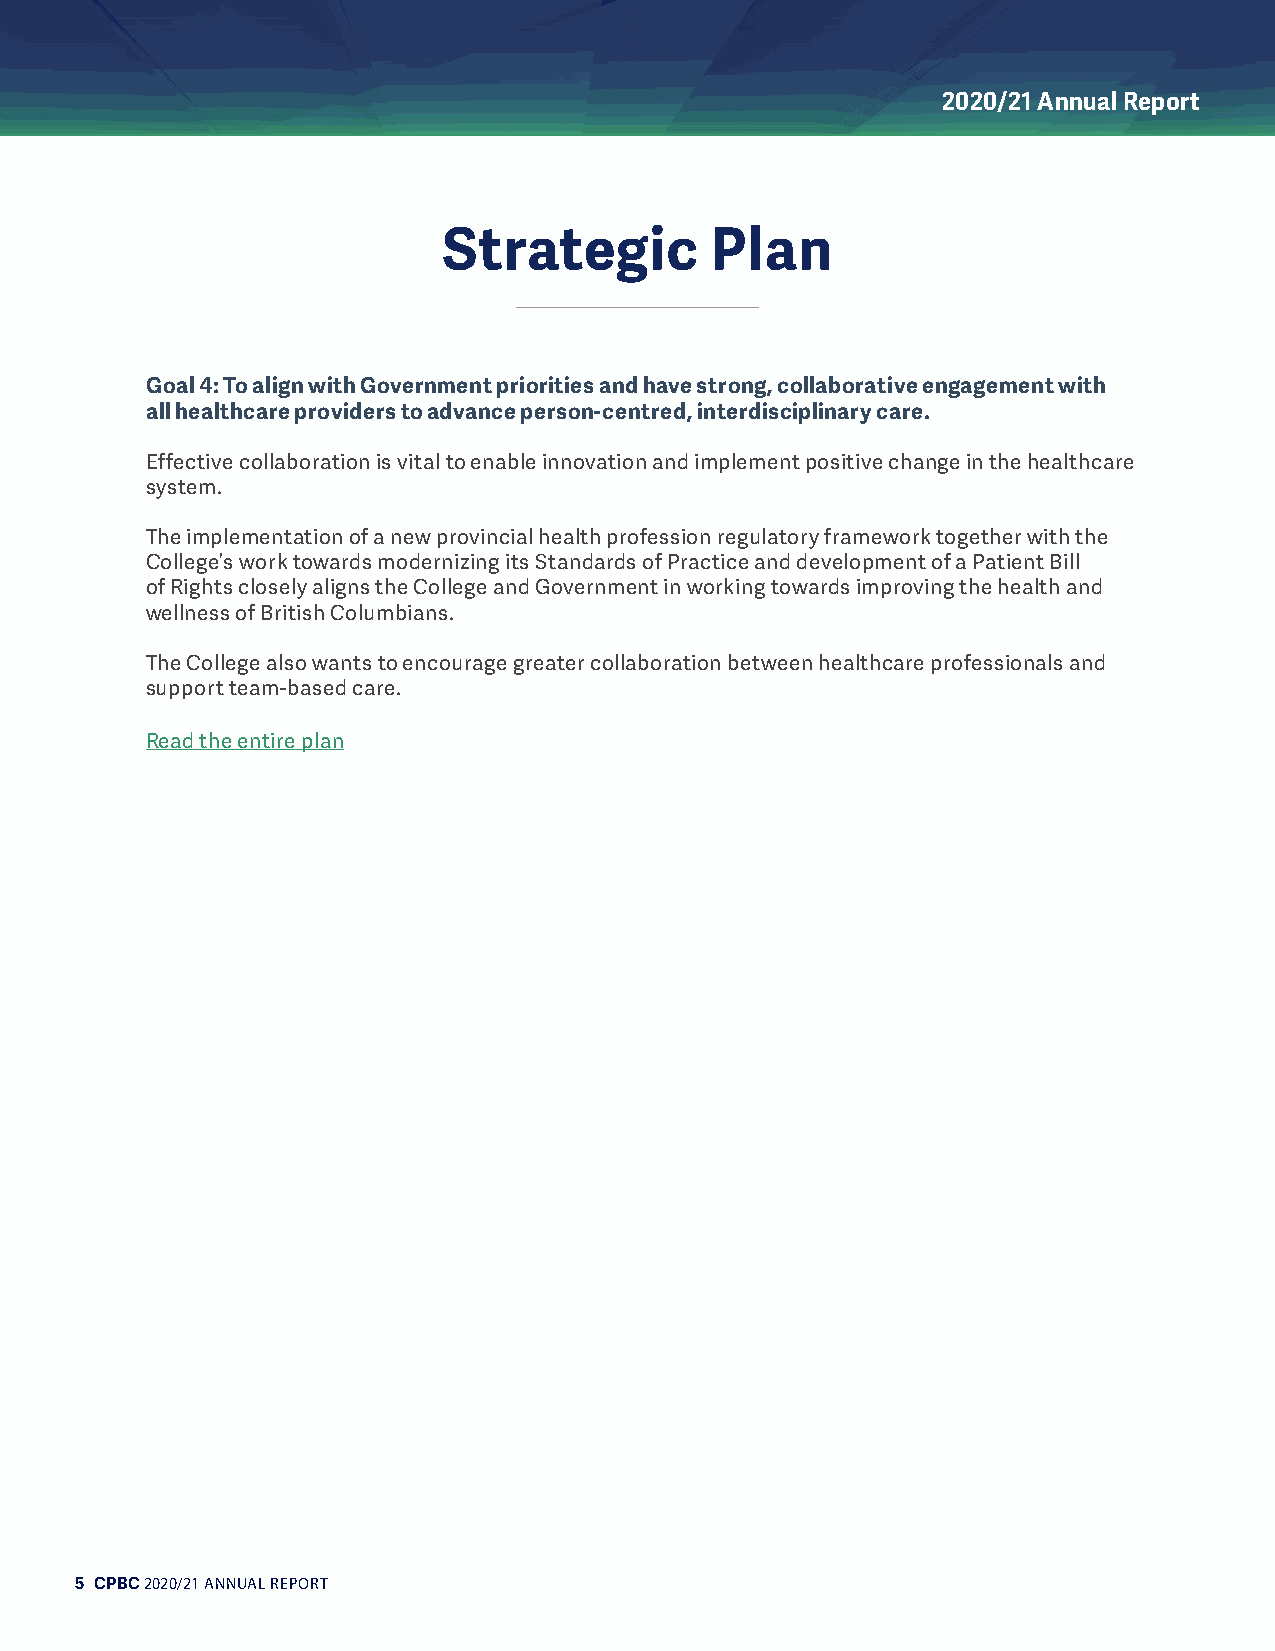
2020/21 Annual Report
 Strategic         Plan
 Goal 4: To align with Government priorities and have strong, collaborative engagement with
 all healthcare providers to advance person-centred, interdisciplinary care.
 Effective collaboration is vital to enable innovation and implement positive change in the healthcare
 system.
 The implementation of a new provincial health profession regulatory framework together with the
 College’s work towards modernizing its Standards of Practice and development of a Patient Bill
 of Rights closely aligns the College and Government in working towards improving the health and
 wellness of British Columbians.
 The College also wants to encourage greater collaboration between healthcare professionals and
 support team-based care.
 Read the entire plan
 5 CPBC 2020/21 ANNUAL REPORT